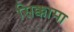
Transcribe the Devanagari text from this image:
सिक्कामा